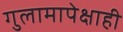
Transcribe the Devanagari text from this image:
गुलामापेक्षाही